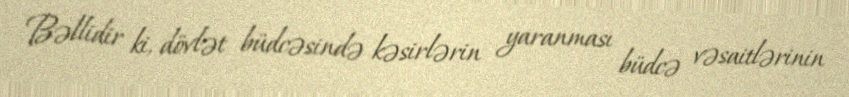
Bəllidir ki, dövlət büdcəsində kəsirlərin yaranması büdcə vəsaitlərinin